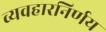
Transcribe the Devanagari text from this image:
व्यवहारनिर्णय